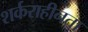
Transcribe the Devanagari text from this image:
शर्कराहीनता